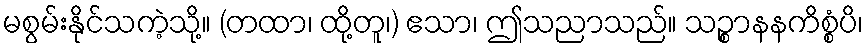
မစွမ်းနိုင်သကဲ့သို့။ (တထာ၊ ထို့တူ၊) ဧသာ၊ ဤသညာသည်။ သဉ္စာနနကိစ္စံပိ၊